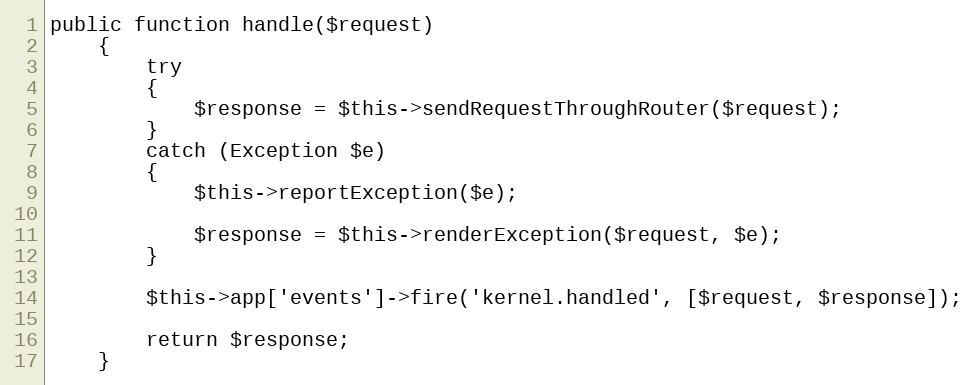
Language: PHP
public function handle($request)
	{
		try
		{
			$response = $this->sendRequestThroughRouter($request);
		}
		catch (Exception $e)
		{
			$this->reportException($e);

			$response = $this->renderException($request, $e);
		}

		$this->app['events']->fire('kernel.handled', [$request, $response]);

		return $response;
	}